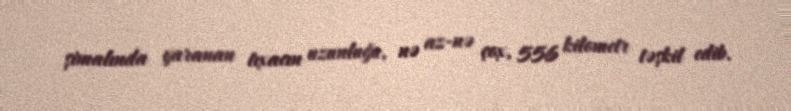
şimalında yaranan tıxacın uzunluğu, nə az-nə çox, 556 kilometr təşkil edib.